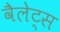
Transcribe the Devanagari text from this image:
वैलेट्स